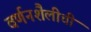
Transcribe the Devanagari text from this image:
वर्णनशैलीची